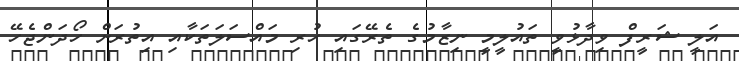
އަލީ ޝަރީފް ވިދާޅުވީ ތައުލީމީ ނިޒާމުގެ ތެރޭގައި ހުރި މައްސަލަތަކާއި އިތުރަށް ހޯދަންޖެހޭ